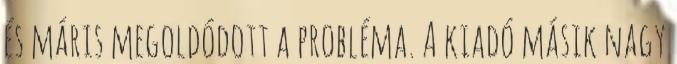
és máris megoldódott a probléma. A kiadó másik nagy